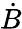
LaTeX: \dot{B}